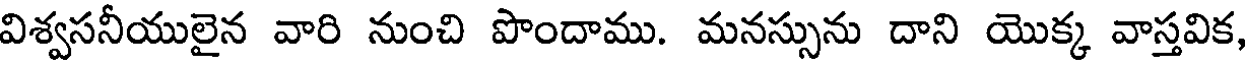
విశ్వసనీయులైన వారి నుంచి పొందాము. మనస్సును దాని యొక్క వాస్తవిక,